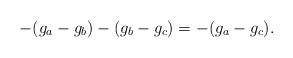
LaTeX: \begin{align*}-(g_a-g_b)-(g_b-g_c) = -(g_a-g_c).\end{align*}